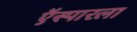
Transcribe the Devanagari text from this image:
ऍस्पारला